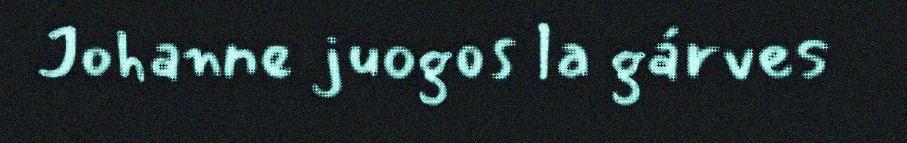
Johanne juogos la gárves